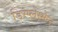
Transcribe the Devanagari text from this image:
डिस्प्लेस्मेन्ट